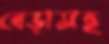
বেড়াসহ